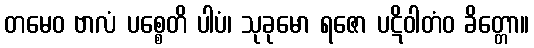
တမေဝ ဗာလံ ပစ္စေတိ ပါပံ၊ သုခုမော ရဇော ပဋိဝါတံဝ ခိတ္တော။